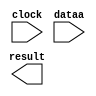
// megafunction wizard: %LPM_MULT%VBB%
// GENERATION: STANDARD
// VERSION: WM1.0
// MODULE: altsquare 

// ============================================================
// Megafunction Name(s):
// 			altsquare
//
// Simulation Library Files(s):
// 			altera_mf
// ============================================================
// ************************************************************
// THIS IS A WIZARD-GENERATED FILE. DO NOT EDIT THIS FILE!
//
// 9.0 Build 132 02/25/2009 SJ Full Version
// ************************************************************

//Copyright (C) 1991-2009 Altera Corporation
//Your use of Altera Corporation's design tools, logic functions 
//and other software and tools, and its AMPP partner logic 
//functions, and any output files from any of the foregoing 
//(including device programming or simulation files), and any 
//associated documentation or information are expressly subject 
//to the terms and conditions of the Altera Program License 
//Subscription Agreement, Altera MegaCore Function License 
//Agreement, or other applicable license agreement, including, 
//without limitation, that your use is for the sole purpose of 
//programming logic devices manufactured by Altera and sold by 
//Altera or its authorized distributors.  Please refer to the 
//applicable agreement for further details.

module sqr16 (
	clock,
	dataa,
	result);

	input	  clock;
	input	[15:0]  dataa;
	output	[31:0]  result;

endmodule

// ============================================================
// CNX file retrieval info
// ============================================================
// Retrieval info: PRIVATE: AutoSizeResult NUMERIC "1"
// Retrieval info: PRIVATE: B_isConstant NUMERIC "0"
// Retrieval info: PRIVATE: ConstantB NUMERIC "0"
// Retrieval info: PRIVATE: INTENDED_DEVICE_FAMILY STRING "Cyclone III"
// Retrieval info: PRIVATE: LPM_PIPELINE NUMERIC "1"
// Retrieval info: PRIVATE: Latency NUMERIC "1"
// Retrieval info: PRIVATE: SYNTH_WRAPPER_GEN_POSTFIX STRING "0"
// Retrieval info: PRIVATE: SignedMult NUMERIC "1"
// Retrieval info: PRIVATE: USE_MULT NUMERIC "0"
// Retrieval info: PRIVATE: ValidConstant NUMERIC "0"
// Retrieval info: PRIVATE: WidthA NUMERIC "16"
// Retrieval info: PRIVATE: WidthB NUMERIC "8"
// Retrieval info: PRIVATE: WidthP NUMERIC "32"
// Retrieval info: PRIVATE: aclr NUMERIC "0"
// Retrieval info: PRIVATE: clken NUMERIC "0"
// Retrieval info: PRIVATE: optimize NUMERIC "0"
// Retrieval info: CONSTANT: DATA_WIDTH NUMERIC "16"
// Retrieval info: CONSTANT: LPM_TYPE STRING "ALTSQUARE"
// Retrieval info: CONSTANT: PIPELINE NUMERIC "1"
// Retrieval info: CONSTANT: REPRESENTATION STRING "SIGNED"
// Retrieval info: CONSTANT: RESULT_WIDTH NUMERIC "32"
// Retrieval info: USED_PORT: clock 0 0 0 0 INPUT NODEFVAL clock
// Retrieval info: USED_PORT: dataa 0 0 16 0 INPUT NODEFVAL dataa[15..0]
// Retrieval info: USED_PORT: result 0 0 32 0 OUTPUT NODEFVAL result[31..0]
// Retrieval info: CONNECT: @data 0 0 16 0 dataa 0 0 16 0
// Retrieval info: CONNECT: result 0 0 32 0 @result 0 0 32 0
// Retrieval info: CONNECT: @clock 0 0 0 0 clock 0 0 0 0
// Retrieval info: LIBRARY: altera_mf altera_mf.altera_mf_components.all
// Retrieval info: GEN_FILE: TYPE_NORMAL sqr16.v TRUE
// Retrieval info: GEN_FILE: TYPE_NORMAL sqr16.inc TRUE
// Retrieval info: GEN_FILE: TYPE_NORMAL sqr16.cmp FALSE
// Retrieval info: GEN_FILE: TYPE_NORMAL sqr16.bsf TRUE
// Retrieval info: GEN_FILE: TYPE_NORMAL sqr16_inst.v TRUE
// Retrieval info: GEN_FILE: TYPE_NORMAL sqr16_bb.v TRUE
// Retrieval info: LIB_FILE: altera_mf